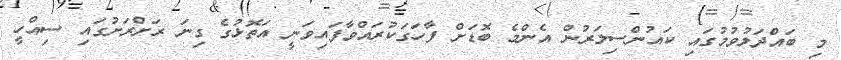
މި ބައްދަލުވުމުގައި ކައުންސިލަރުން އެންމެ ބޮޑަށް ފާހަގަކުރައްވާފައިވަނީ އަތޮޅުގެ ގިނަ ރަށްރަށުގައި ސިއްހީ